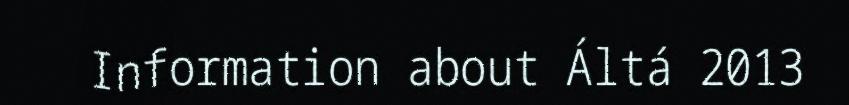
Information about Áltá 2013